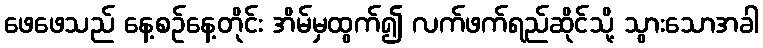
ဖေဖေသည် နေ့စဉ်နေ့တိုင်း အိမ်မှထွက်၍ လက်ဖက်ရည်ဆိုင်သို့ သွားသောအခါ